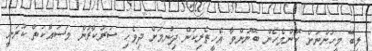
ލިބޭ މީހުންނަށް ކޮންމެހެން ބޭނުންވާ އެހީތެރިކަން ދިނުމަށް ދިވެހި ސަރުކާރުން މަސައްކަތް ކުރަނީ